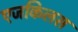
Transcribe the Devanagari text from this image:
एजकिलस